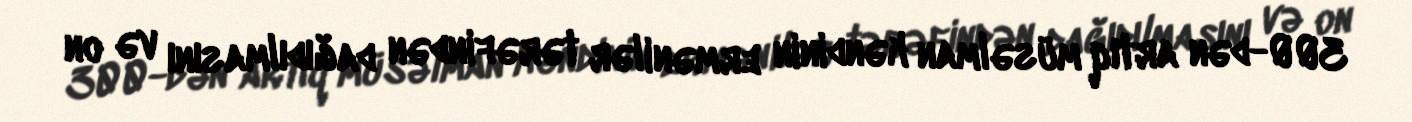
300-dən artıq müsəlman kəndinin ermənilər tərəfindən dağıdılmasını və on